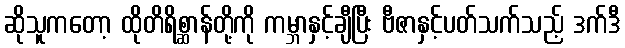
ဆိုသူကတော့ ထိုတိရိစ္ဆာန်တို့ကို ကမ္ဘာနှင့်ချီပြီး ဗီဇာနှင့်ပတ်သက်သည့် ဒက်ဒီ